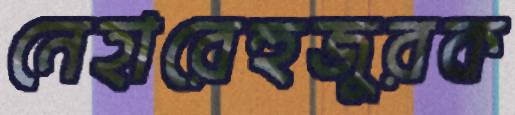
নেহারেহুজুরক